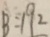
B = 1 9 2